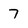
Character: 7